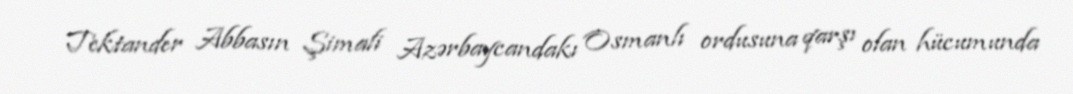
Tektander Abbasın Şimali Azərbaycandakı Osmanlı ordusuna qarşı olan hücumunda